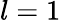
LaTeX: l=1